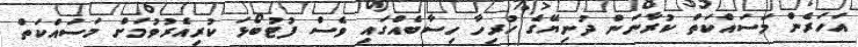
އަހަރެން މަސައްކަތް ކުރާނަން ދުނިޔޭގެ ހުރިހާ ހިސާބެއްގައި ވެސް ފުޓުބޯޅަ ކުރިއެރުވުމަށް މަސައްކަތް